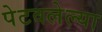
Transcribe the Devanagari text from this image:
पेटवलेल्या